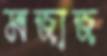
মজাজ